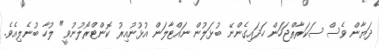
ދަޔާން ވެސް ސަކަރާތްޖަހަން ހަދައިގެންނޭ ބުޅަލުން ނައްޓާލަން އުޅުނުއިރު ކޮންޓްރޯލުނުވީ" ލުހާ ބުނެލިއެވެ.